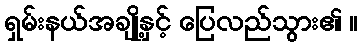
ရှမ်းနယ်အချို့နှင့် ပြေလည်သွား၏ ။